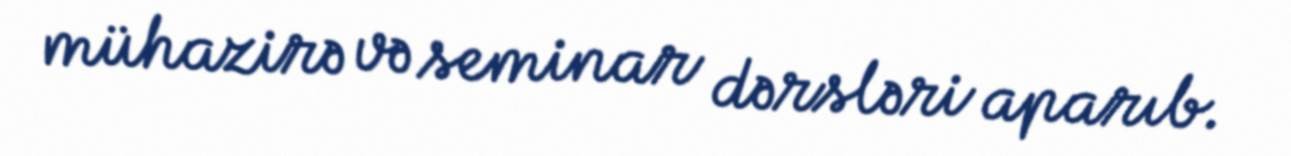
mühazirə və seminar dərsləri aparıb.